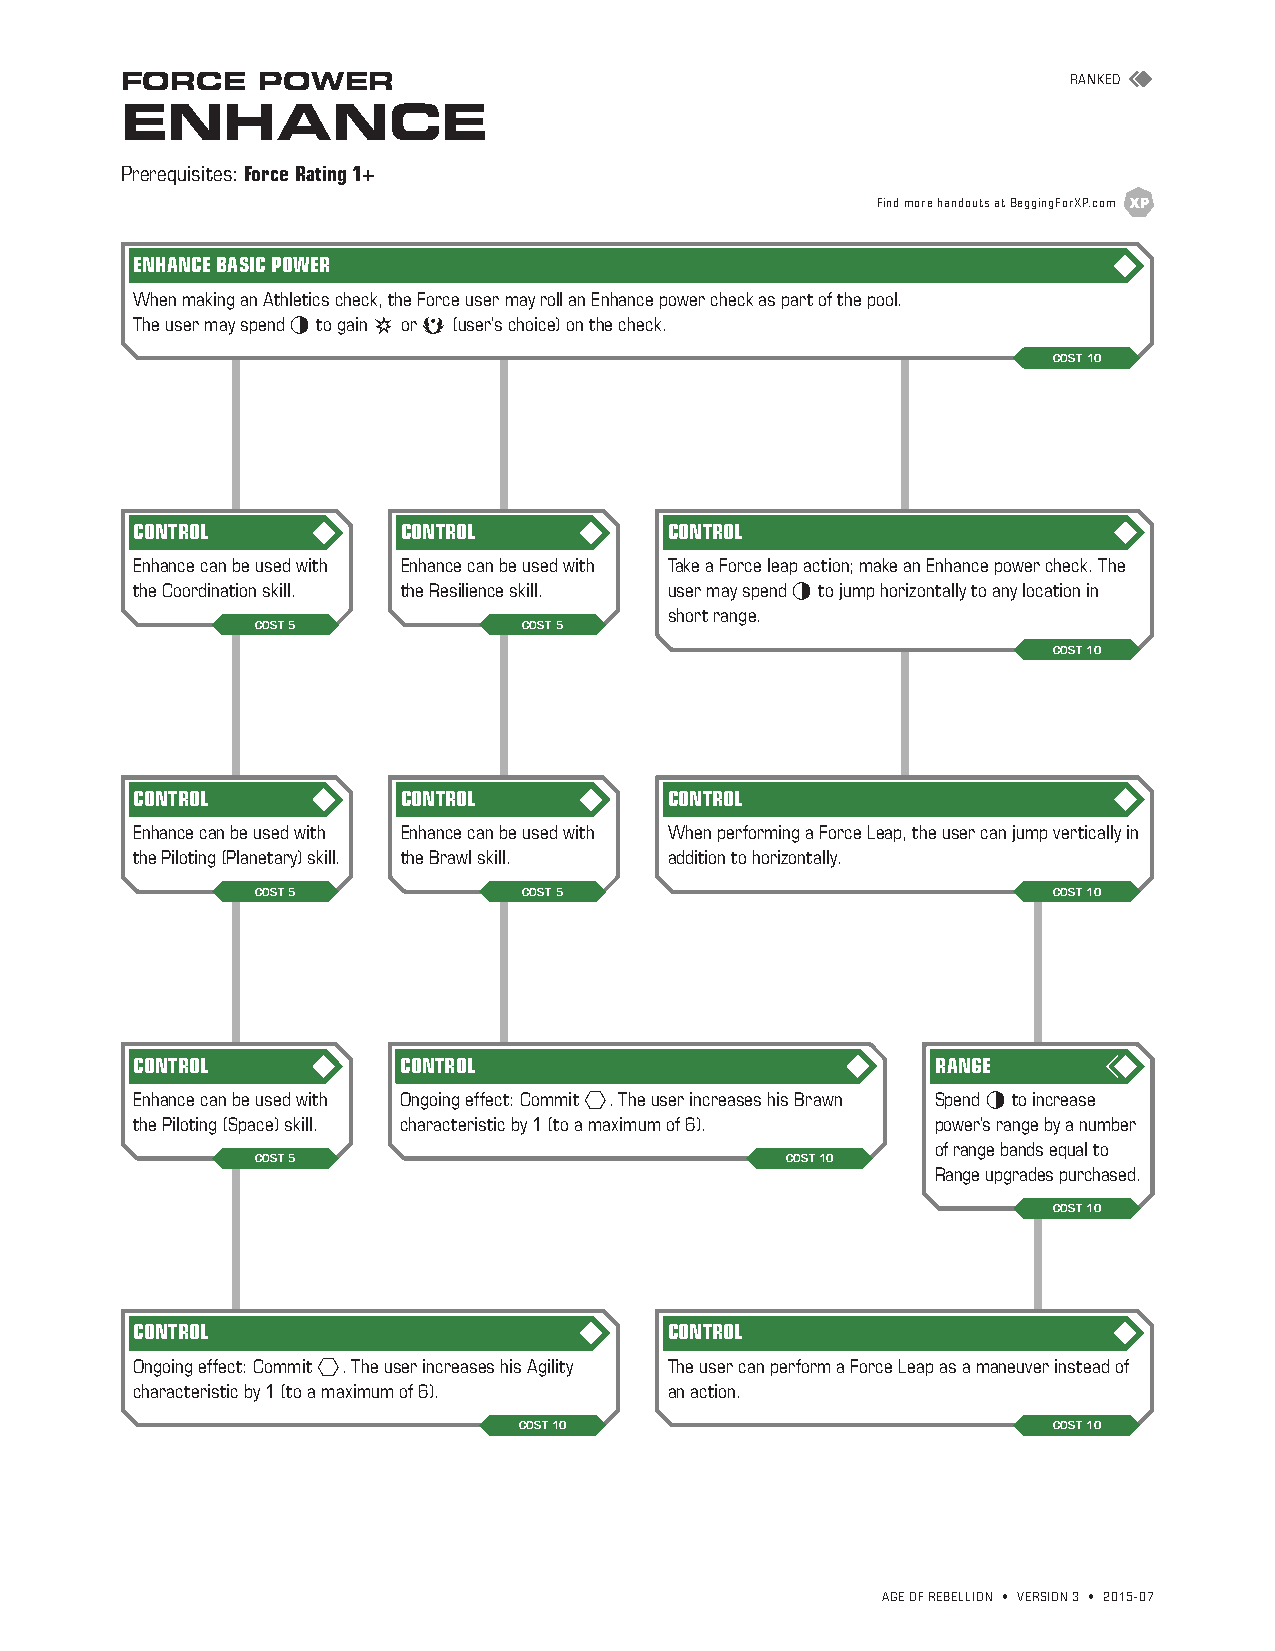
FORCE    POWER                                                 RANKED
 ENHANCE
 Prerequisites: Force Rating 1+
 Find more handouts at BeggingForXP.com
 ENHANCE BASIC POWER
 When making an Athletics check, the Force user may roll an Enhance power check as part of the pool.
 The user may spend F to gain s or a (user’s choice) on the check.
 COST 10
 CONTROL           CONTROL          CONTROL
 Enhance can be used with Enhance can be used with Take a Force leap action; make an Enhance power check. The
 the Coordination skill. the Resilience skill. user may spend F to jump horizontally to any location in
 short range.
 COST 5            COST 5
 COST 10
 CONTROL           CONTROL          CONTROL
 Enhance can be used with Enhance can be used with When performing a Force Leap, the user can jump vertically in
 the Piloting (Planetary) skill. the Brawl skill. addition to horizontally.
 COST 5            COST 5                             COST 10
 CONTROL          CONTROL                             RANGE
 Enhance can be used with Ongoing effect: Commit C. The user increases his Brawn Spend F to increase
 the Piloting (Space) skill. characteristic by 1 (to a maximum of 6). power’s range by a number
 of range bands equal to
 COST 5                             COST 10
 Range upgrades purchased.
 COST 10
 CONTROL                            CONTROL
 Ongoing effect: Commit C. The user increases his Agility The user can perform a Force Leap as a maneuver instead of
 characteristic by 1 (to a maximum of 6). an action.
 COST 10                             COST 10
 AGE OF REBELLION • VERSION 3 • 2015-07